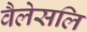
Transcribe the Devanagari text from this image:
वैलेसलि